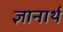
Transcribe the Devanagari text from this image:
ज्ञानार्थ